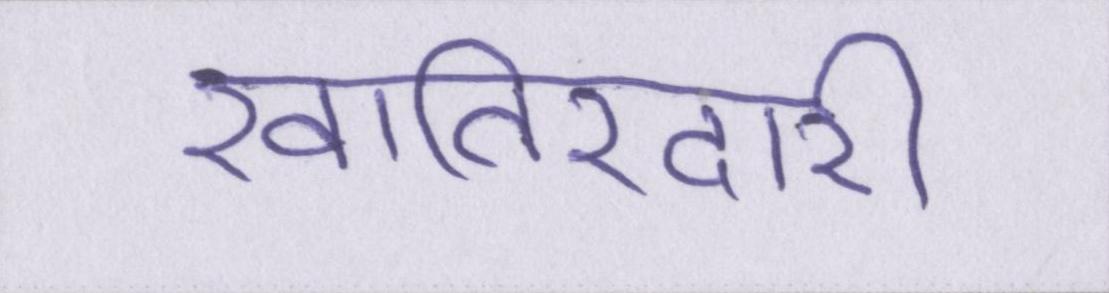
खातिरदारी